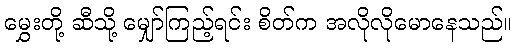
မွှေးတို့ ဆီသို့ မျှော်ကြည့်ရင်း စိတ်က အလိုလိုမောနေသည်။